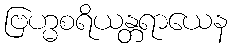
ဗြဟ္မစရိယန္တရာယေန